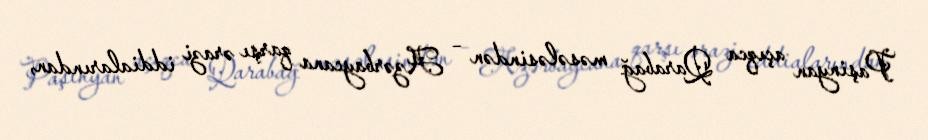
Paşinyan açıqca Qarabağ məsələsindən – Azərbaycana qarşı ərazi iddialarından,